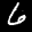
Label: 6